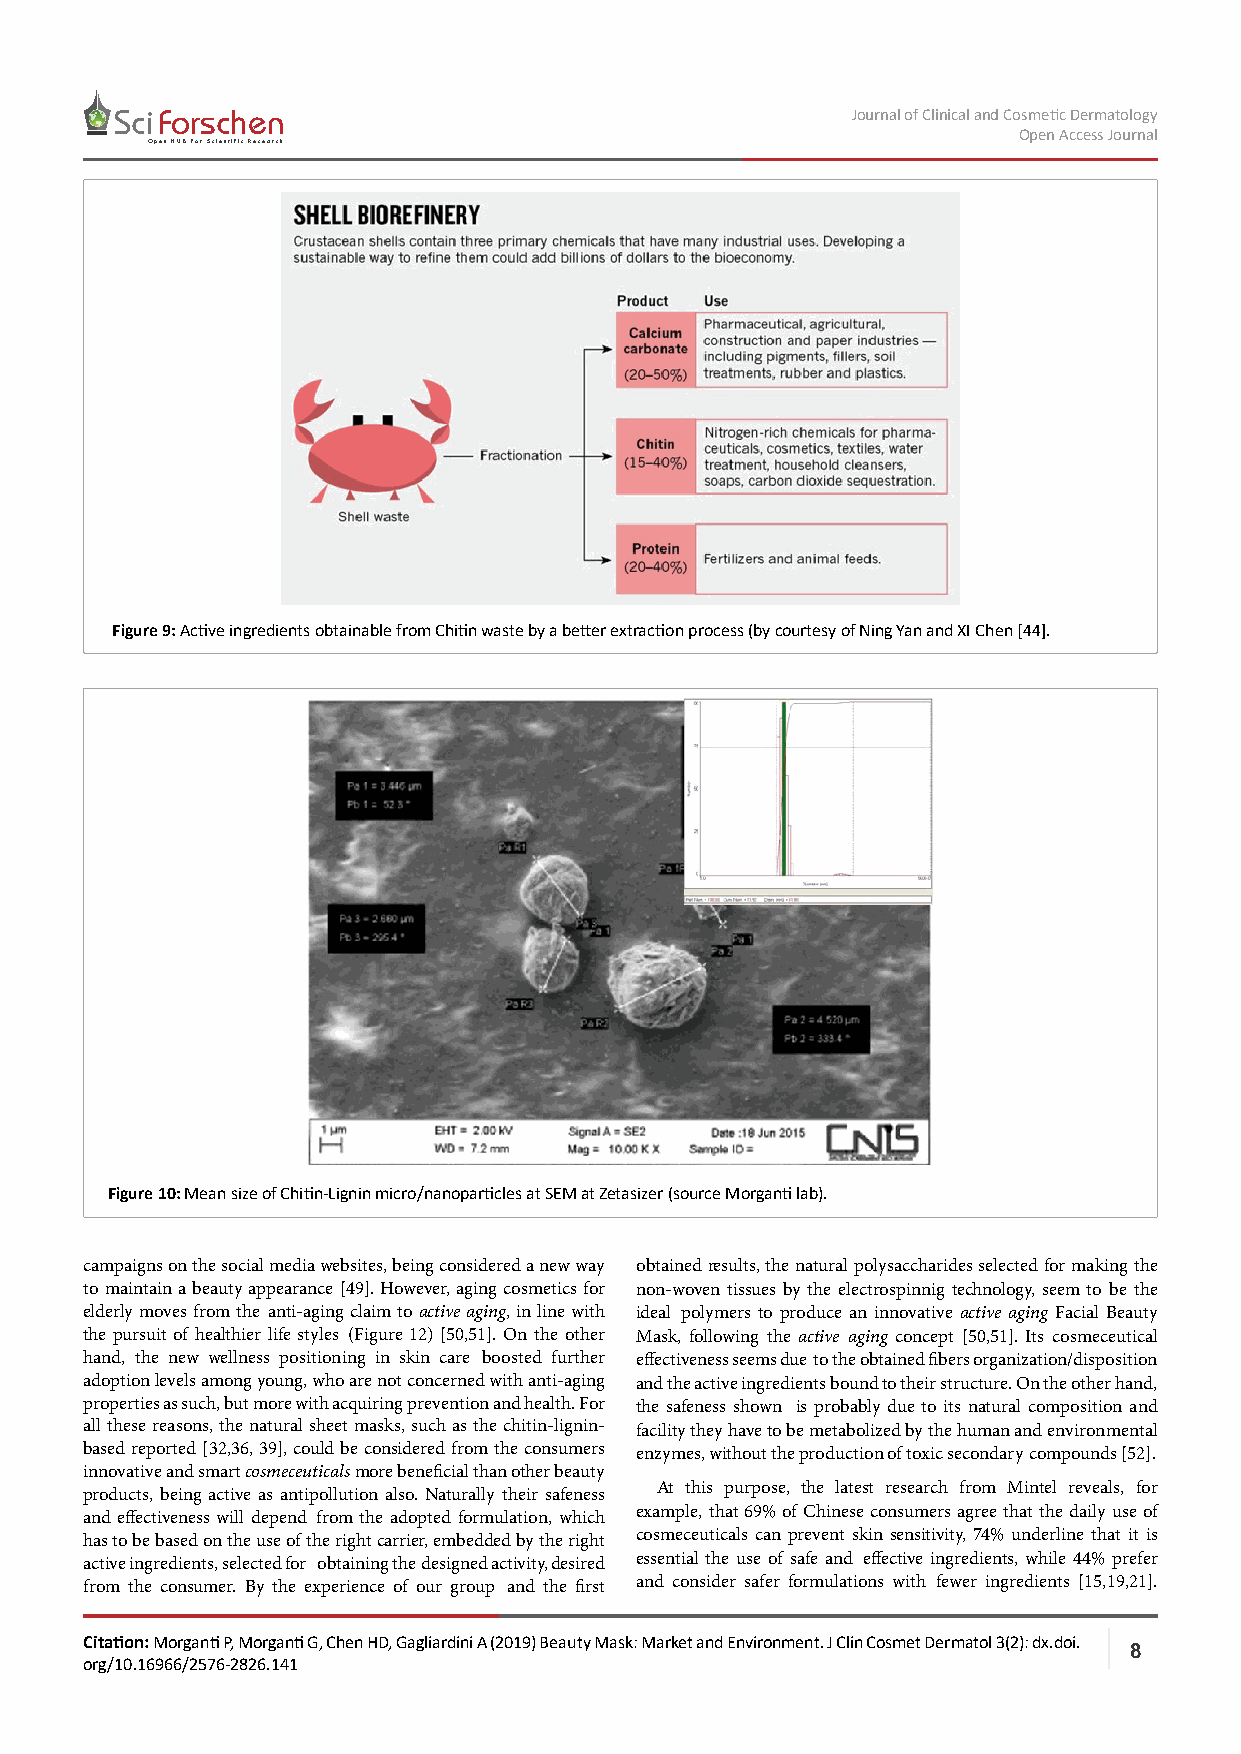
Journal of Clinical and Cosmetic Dermatology
 Sci Forschen
 Open Access Journal
 Open HUB for Scientific Research
 Figure 9: Active ingredients obtainable from Chitin waste by a better extraction process (by courtesy of Ning Yan and XI Chen [44].
 Figure 10: Mean size of Chitin-Lignin micro/nanoparticles at SEM at Zetasizer (source Morganti lab).
 campaigns on the social media websites, being considered a new way obtained results, the natural polysaccharides selected for making the
 to maintain a beauty appearance [49]. However, aging cosmetics for non-woven tissues by the electrospinnig technology, seem to be the
 elderly moves from the anti-aging claim to active aging, in line with ideal polymers to produce an innovative active aging Facial Beauty
 the pursuit of healthier life styles (Figure 12) [50,51]. On the other Mask, following the active aging concept [50,51]. Its cosmeceutical
 hand, the new wellness positioning in skin care boosted further effectiveness seems due to the obtained fibers organization/disposition
 adoption levels among young, who are not concerned with anti-aging and the active ingredients bound to their structure. On the other hand,
 properties as such, but more with acquiring prevention and health. For the safeness shown is probably due to its natural composition and
 all these reasons, the natural sheet masks, such as the chitin-lignin- facility they have to be metabolized by the human and environmental
 based reported [32,36, 39], could be considered from the consumers enzymes, without the production of toxic secondary compounds [52].
 innovative and smart cosmeceuticals more beneficial than other beauty
 At this purpose, the latest research from Mintel reveals, for
 products, being active as antipollution also. Naturally their safeness
 and effectiveness will depend from the adopted formulation, which example, that 69% of Chinese consumers agree that the daily use of
 has to be based on the use of the right carrier, embedded by the right cosmeceuticals can prevent skin sensitivity, 74% underline that it is
 active ingredients, selected for obtaining the designed activity, desired essential the use of safe and effective ingredients, while 44% prefer
 from the consumer. By the experience of our group and the first and consider safer formulations with fewer ingredients [15,19,21].
 Citation: Morganti P, Morganti G, Chen HD, Gagliardini A (2019) Beauty Mask: Market and Environment. J Clin Cosmet Dermatol 3(2): dx.doi.
 8
 org/10.16966/2576-2826.141